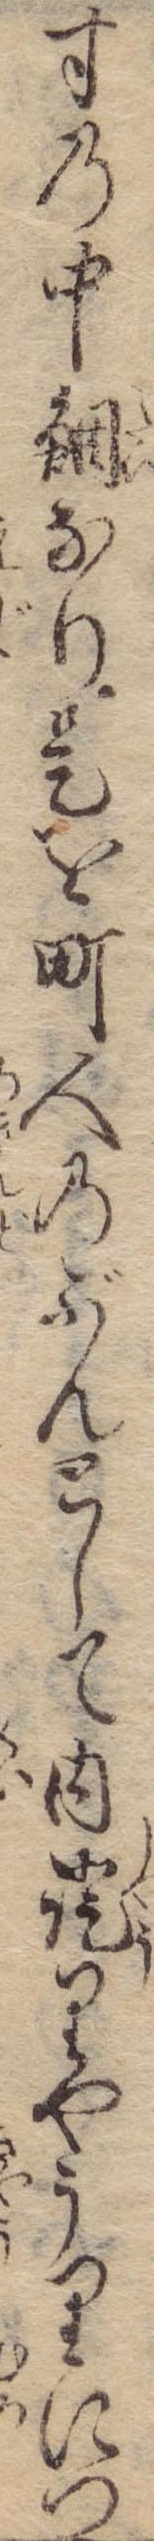
寸の中鯛なり是を町人のぶんとして内証りやうりにつ